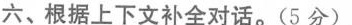
六、根据上下文补全对话.(5 分)